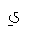
Letter: _ya